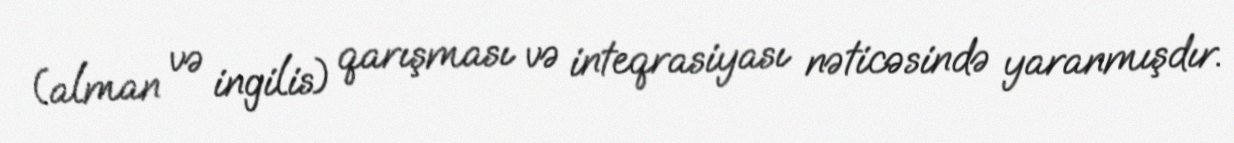
(alman və ingilis) qarışması və inteqrasiyası nəticəsində yaranmışdır.